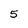
Character: 5